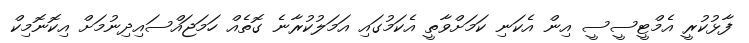
ފާޅުކުރީ އެމްޓީސީސީ އިން އެކަނި ކަމަށްވާތީ އެކަމުގައި އަމަލުކުރާނެ ގޮތެއް ހަމަޖައްސައިދިނުމަށް އިކޮނޮމިކް